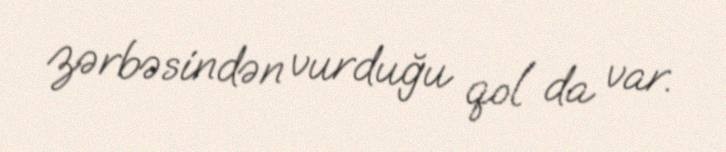
zərbəsindən vurduğu qol da var.